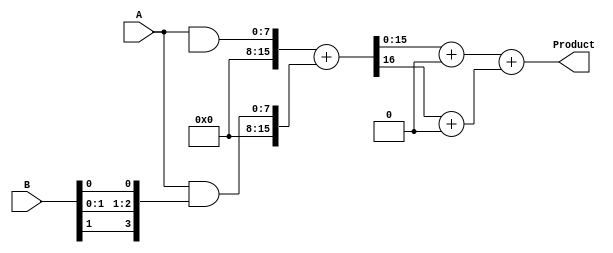
module radix4_wallace_tree_multiplier #(parameter n = 8) (
    input [n-1:0] A,
    input [n-1:0] B,
    output reg [2*n-1:0] Product
);
    
    // Partial product generation
    wire [2*n-1:0] P [0:n-1];

    generate
        genvar i;
        for (i = 0; i < n; i = i + 1) begin : partial_products
            assign P[i] = { {(n+i){1'b0}}, A } & { {2{B[i]}}, {2{B[i-1]}} }; // producing 4 partial products
        end
    endgenerate

    // Wallace Tree Reduction using Half Adders and Full Adders
    wire [2*n-1:0] sum[0:n-1];  // Intermediate sums
    wire [2*n-1:0] carry[0:n-1]; // Intermediate carries

    // Level 1: Combine partial products
    integer j;
    always @(*) begin
        // Initialize sums and carries
        for (j = 0; j < n; j = j + 1) begin
            sum[j] = 0;
            carry[j] = 0;
        end

        // Half adders and full adders
        for (j = 0; j < n-1; j = j + 2) begin
            {carry[j], sum[j]} = P[j] + P[j+1]; // Combine two partial products
            if(j < n-2) begin
                sum[j+1] = carry[j+1]; // Carry to next level
            end else begin
                sum[j+1] = carry[j]; // Last carry
            end
        end
    end

    // Level 2: Continue to reduce using same approach until two numbers remain
    wire [2*n-1:0] final_sum;
    wire [2*n-1:0] final_carry;

    // Final addition of the last two sums
    always @(*) begin
        final_sum = sum[0] + sum[1];
        final_carry = carry[0] + carry[1];
    end

    // Combine final results to produce the product
    always @(*) begin
        Product = final_sum + final_carry;
    end

endmodule